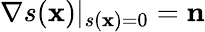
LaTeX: \nabla s(\mathbf{x})|_{s(\mathbf{x})=0}=\mathbf{n}